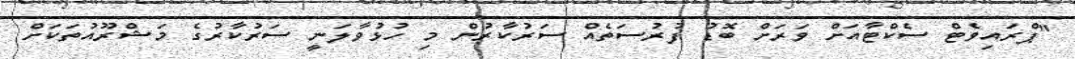
"ޕްރައިވެޓް ސެކްޓާއަށް ވަރަށް ބޮޑު ފުރުސަތެއް ސަރުކާރުން މި ހުޅުވާލަނީ ސަރުކާރުގެ މަޝްރޫއުތަކަށް